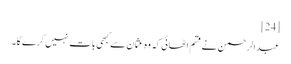
[24]
عبدالرحمن نے قسم اٹھائی کہ وہ عثمان سے کبھی بات نہیں کرے گا۔